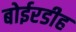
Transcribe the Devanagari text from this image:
बोईरडीह